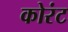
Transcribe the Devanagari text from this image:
कोरंट